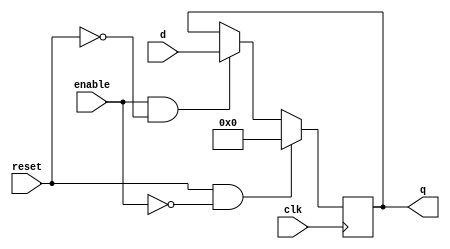
`timescale 1ns / 1ps
//////////////////////////////////////////////////////////////////////////////////
// Company: 
// Engineer: 
// 
// Design Name: 
// Module Name:    dff 
// Project Name: 
// Target Devices: 
// Tool versions: 
// Description: 
//
// Dependencies: 
//
// Revision: 
// Revision 0.01 - File Created
// Additional Comments: 
//
//////////////////////////////////////////////////////////////////////////////////
module dff(clk, d, q, enable, reset);

input clk, enable, reset;
input [7:0] d;
output [7:0] q;

reg [7:0] q;

initial begin q = 0;
end

always @(posedge clk) begin

	if (reset && !enable) begin
		q = 0;
	end
	else if (enable && !reset) begin
		q = d;
	end
	else
		q = q;
end

endmodule